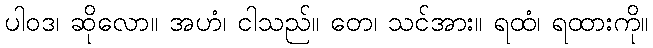
ပါဝဒ၊ ဆိုလော။ အဟံ၊ ငါသည်။ တေ၊ သင်အား။ ရထံ၊ ရထားကို။